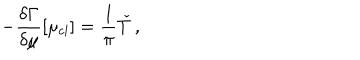
- \frac { \delta \Gamma } { \delta \mu } [ \mu _ { \mathrm { c l } } ] = \frac { 1 } { \pi } \check { T } \, ,